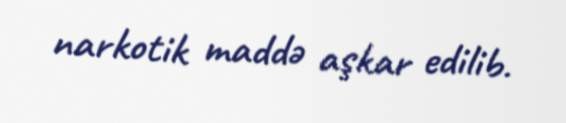
narkotik maddə aşkar edilib.